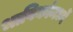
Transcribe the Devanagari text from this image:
भाविकांमध्यें